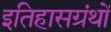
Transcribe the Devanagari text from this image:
इतिहासग्रंथों